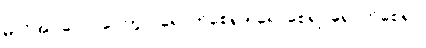
မလိုအပ်ပေ)။ ပေတွာ၊ ရောက်စေ၍။ ရောစေ၍၊ ရောက်စေ၍။